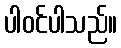
ပါဝင်ပါသည်။